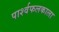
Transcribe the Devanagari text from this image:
पार्श्वफलकाला